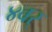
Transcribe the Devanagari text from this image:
४वर्